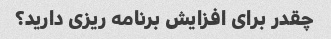
چقدر برای افزایش برنامه ریزی دارید؟